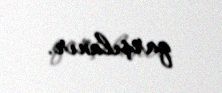
qarşılanır.